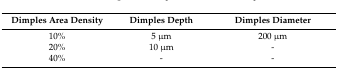
<table><thead><tr><td><b>Dimples Area Density</b></td><td><b>Dimples Depth</b></td><td><b>Dimples Diameter</b></td></tr></thead><tbody><tr><td>10%</td><td>5 μm</td><td>200 μm</td></tr><tr><td>20%</td><td>10 μm</td><td>-</td></tr><tr><td>40%</td><td>-</td><td>-</td></tr></tbody></table>